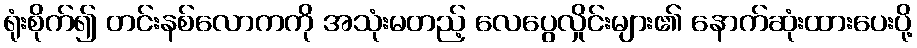
ရုံးစိုက်၍ တင်းနစ်လောကကို အသုံးမတည့် လေပွေလှိုင်းများ၏ နောက်ဆုံးထားပေးပို့